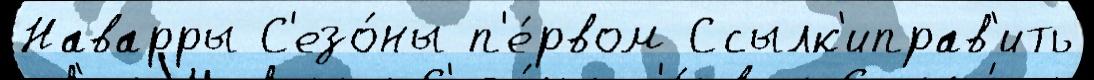
Наварры С'езо́ны п'е́рвом Ссылк'иправ'ить